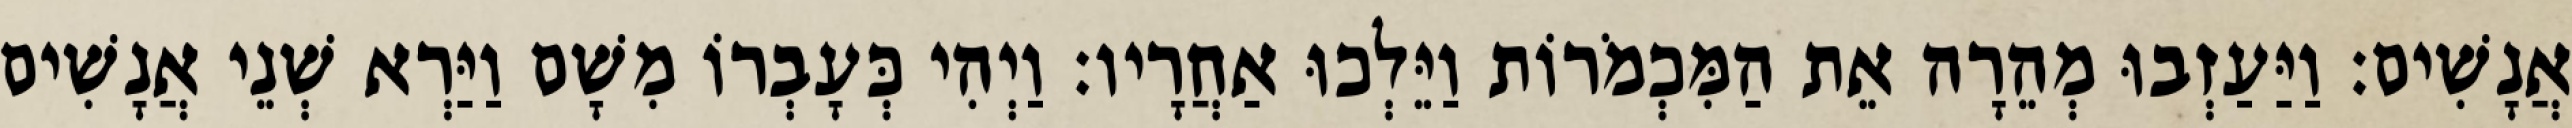
אֲנָשִׁים׃ וַיַּעַזְבוּ מְהֵרָה אֵת הַמִּכְמֹרוֹת וַיֵּלְכוּ אַחֲרָיו׃ וַיְהִי כְּעָבְרוֹ מִשָׁם וַיַּרְא שְׁנֵי אֲנָשִׁים